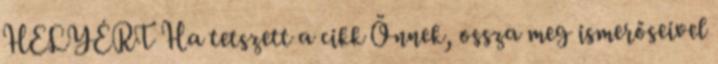
HELYÉRT Ha tetszett a cikk Önnek, ossza meg ismerőseivel